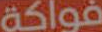
فواكة